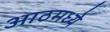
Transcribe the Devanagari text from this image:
आठमध्ये